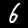
Label: 6